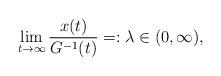
LaTeX: \begin{align*} \lim_{t\to\infty} \frac{x(t)}{G^{-1}(t)}=:\lambda\in(0,\infty),\end{align*}